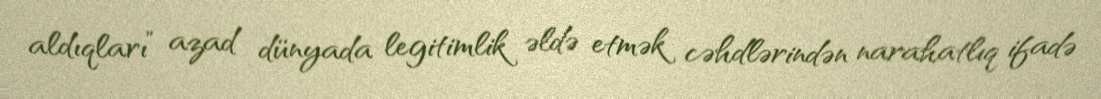
aldıqları” azad dünyada legitimlik əldə etmək cəhdlərindən narahatlıq ifadə